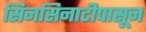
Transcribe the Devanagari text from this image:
सिनसिनाटीपासून